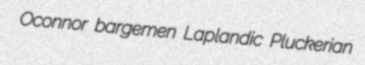
Oconnor bargemen Laplandic Pluckerian